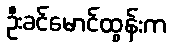
ဦးခင်မောင်ထွန်းက